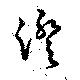
澄